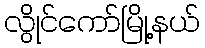
လွိုင်ကော်မြို့နယ်